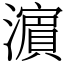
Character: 濵